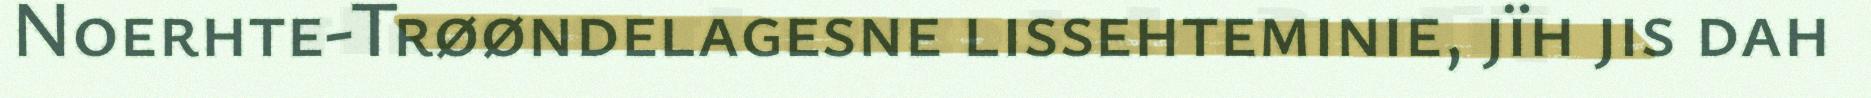
Noerhte-Trøøndelagesne lissehteminie, jïh jis dah